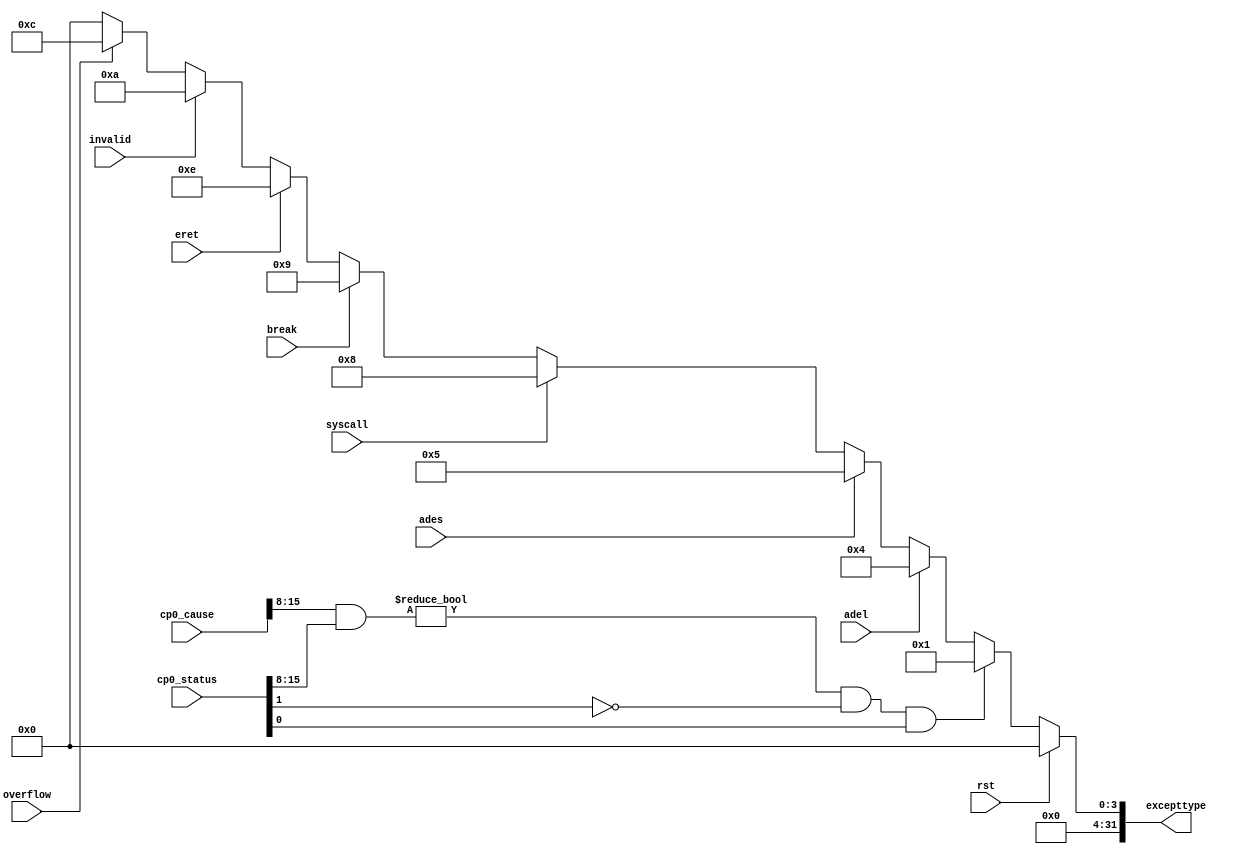
module exception(
	input 		  rst,
	input 		  adel,ades,syscall,break,eret,invalid,overflow,
	input  [31:0] cp0_status,cp0_cause,
	output [31:0] excepttype
	);

	assign excepttype=
				(rst)? 32'b0:
					(((cp0_cause[15:8] & cp0_status[15:8]) != 8'h00) && (cp0_status[1] == 1'b0) && (cp0_status[0] == 1'b1))?
								32'h00000001:
					(adel)? 	32'h00000004:
					(ades)? 	32'h00000005:
					(syscall)?  32'h00000008:
					(break)? 	32'h00000009:
					(eret)?		32'h0000000e:
					(invalid)?  32'h0000000a:
					(overflow)? 32'h0000000c:
								32'h00000000;

endmodule